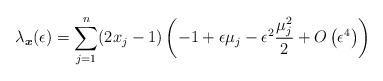
LaTeX: \begin{align*}\lambda_{\boldsymbol{x}}(\epsilon)=\sum_{j=1}^n(2x_j-1)\left(-1+\epsilon\mu_j-\epsilon^2\frac{\mu_j^2}{2}+O\left(\epsilon^4\right)\right)\end{align*}